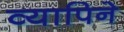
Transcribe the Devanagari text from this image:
व्यापिने